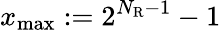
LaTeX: x_{\mathrm{max}}:=2^{N_{\mathrm{R}}-1}-1